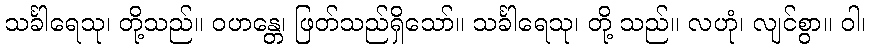
သင်္ခါရေသု၊ တို့သည်။ ဝဟန္တေ၊ ဖြတ်သည်ရှိသော်။ သင်္ခါရေသု၊ တို့ သည်။ လဟုံ၊ လျင်စွာ။ ဝါ၊